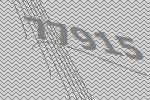
77915